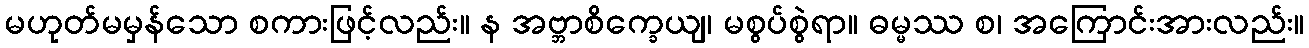
မဟုတ်မမှန်သော စကားဖြင့်လည်း။ န အဗ္ဘာစိက္ခေယျ၊ မစွပ်စွဲရာ။ ဓမ္မဿ စ၊ အကြောင်းအားလည်း။